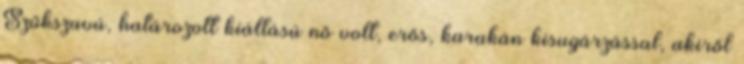
Szűkszavú, határozott kiállású nő volt, erős, karakán kisugárzással, akiről